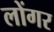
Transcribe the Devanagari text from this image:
लोंगर